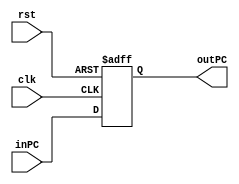
`timescale 1ns/1ns
module PC(input clk, rst, input [15: 0] inPC, output reg[15: 0] outPC);
  
  always @(posedge clk, posedge rst) begin
    if(rst) 
      outPC <= 16'b0;
    else 
      outPC <= inPC;
  end
  
endmodule